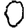
Digit: 0